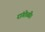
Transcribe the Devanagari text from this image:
रांगोळी।